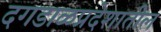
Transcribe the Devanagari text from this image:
दगडाळप्रदेशातील